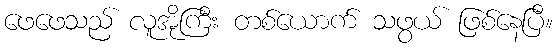
ဖေဖေသည် လူအိုကြီး တစ်ယောက် သဖွယ် ဖြစ်နေပြီ။